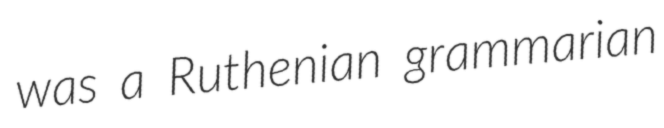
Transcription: was a Ruthenian grammarian